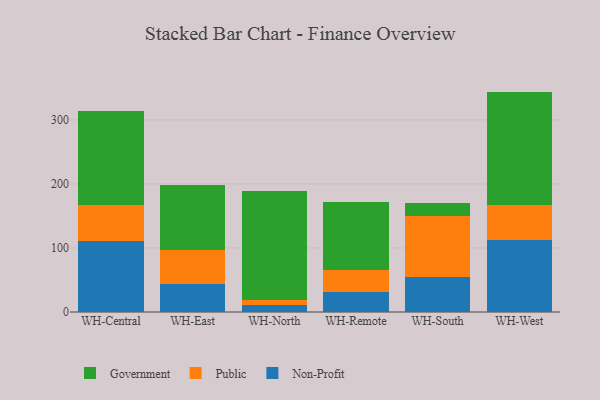
{"axis": {"x": "Warehouse", "y": "Website Visitors"}, "legend": ["Government", "Non-Profit", "Public"], "data": [{"x": "WH-Central", "y": 110.8, "type": "Non-Profit"}, {"x": "WH-Central", "y": 56.0, "type": "Public"}, {"x": "WH-Central", "y": 147.7, "type": "Government"}, {"x": "WH-East", "y": 44.5, "type": "Non-Profit"}, {"x": "WH-East", "y": 52.4, "type": "Public"}, {"x": "WH-East", "y": 102.0, "type": "Government"}, {"x": "WH-North", "y": 11.0, "type": "Non-Profit"}, {"x": "WH-North", "y": 8.4, "type": "Public"}, {"x": "WH-North", "y": 170.2, "type": "Government"}, {"x": "WH-Remote", "y": 31.0, "type": "Non-Profit"}, {"x": "WH-Remote", "y": 34.1, "type": "Public"}, {"x": "WH-Remote", "y": 106.9, "type": "Government"}, {"x": "WH-South", "y": 54.0, "type": "Non-Profit"}, {"x": "WH-South", "y": 95.8, "type": "Public"}, {"x": "WH-South", "y": 20.5, "type": "Government"}, {"x": "WH-West", "y": 112.8, "type": "Non-Profit"}, {"x": "WH-West", "y": 53.7, "type": "Public"}, {"x": "WH-West", "y": 177.7, "type": "Government"}]}